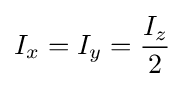
I_{x}=I_{y}={\frac {I_{z}}{2}}